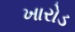
ખારોડ